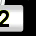
Digit: 2